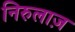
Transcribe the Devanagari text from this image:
निरुलाज़